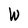
Character: W